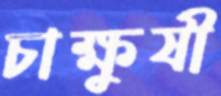
চাক্ষুষী